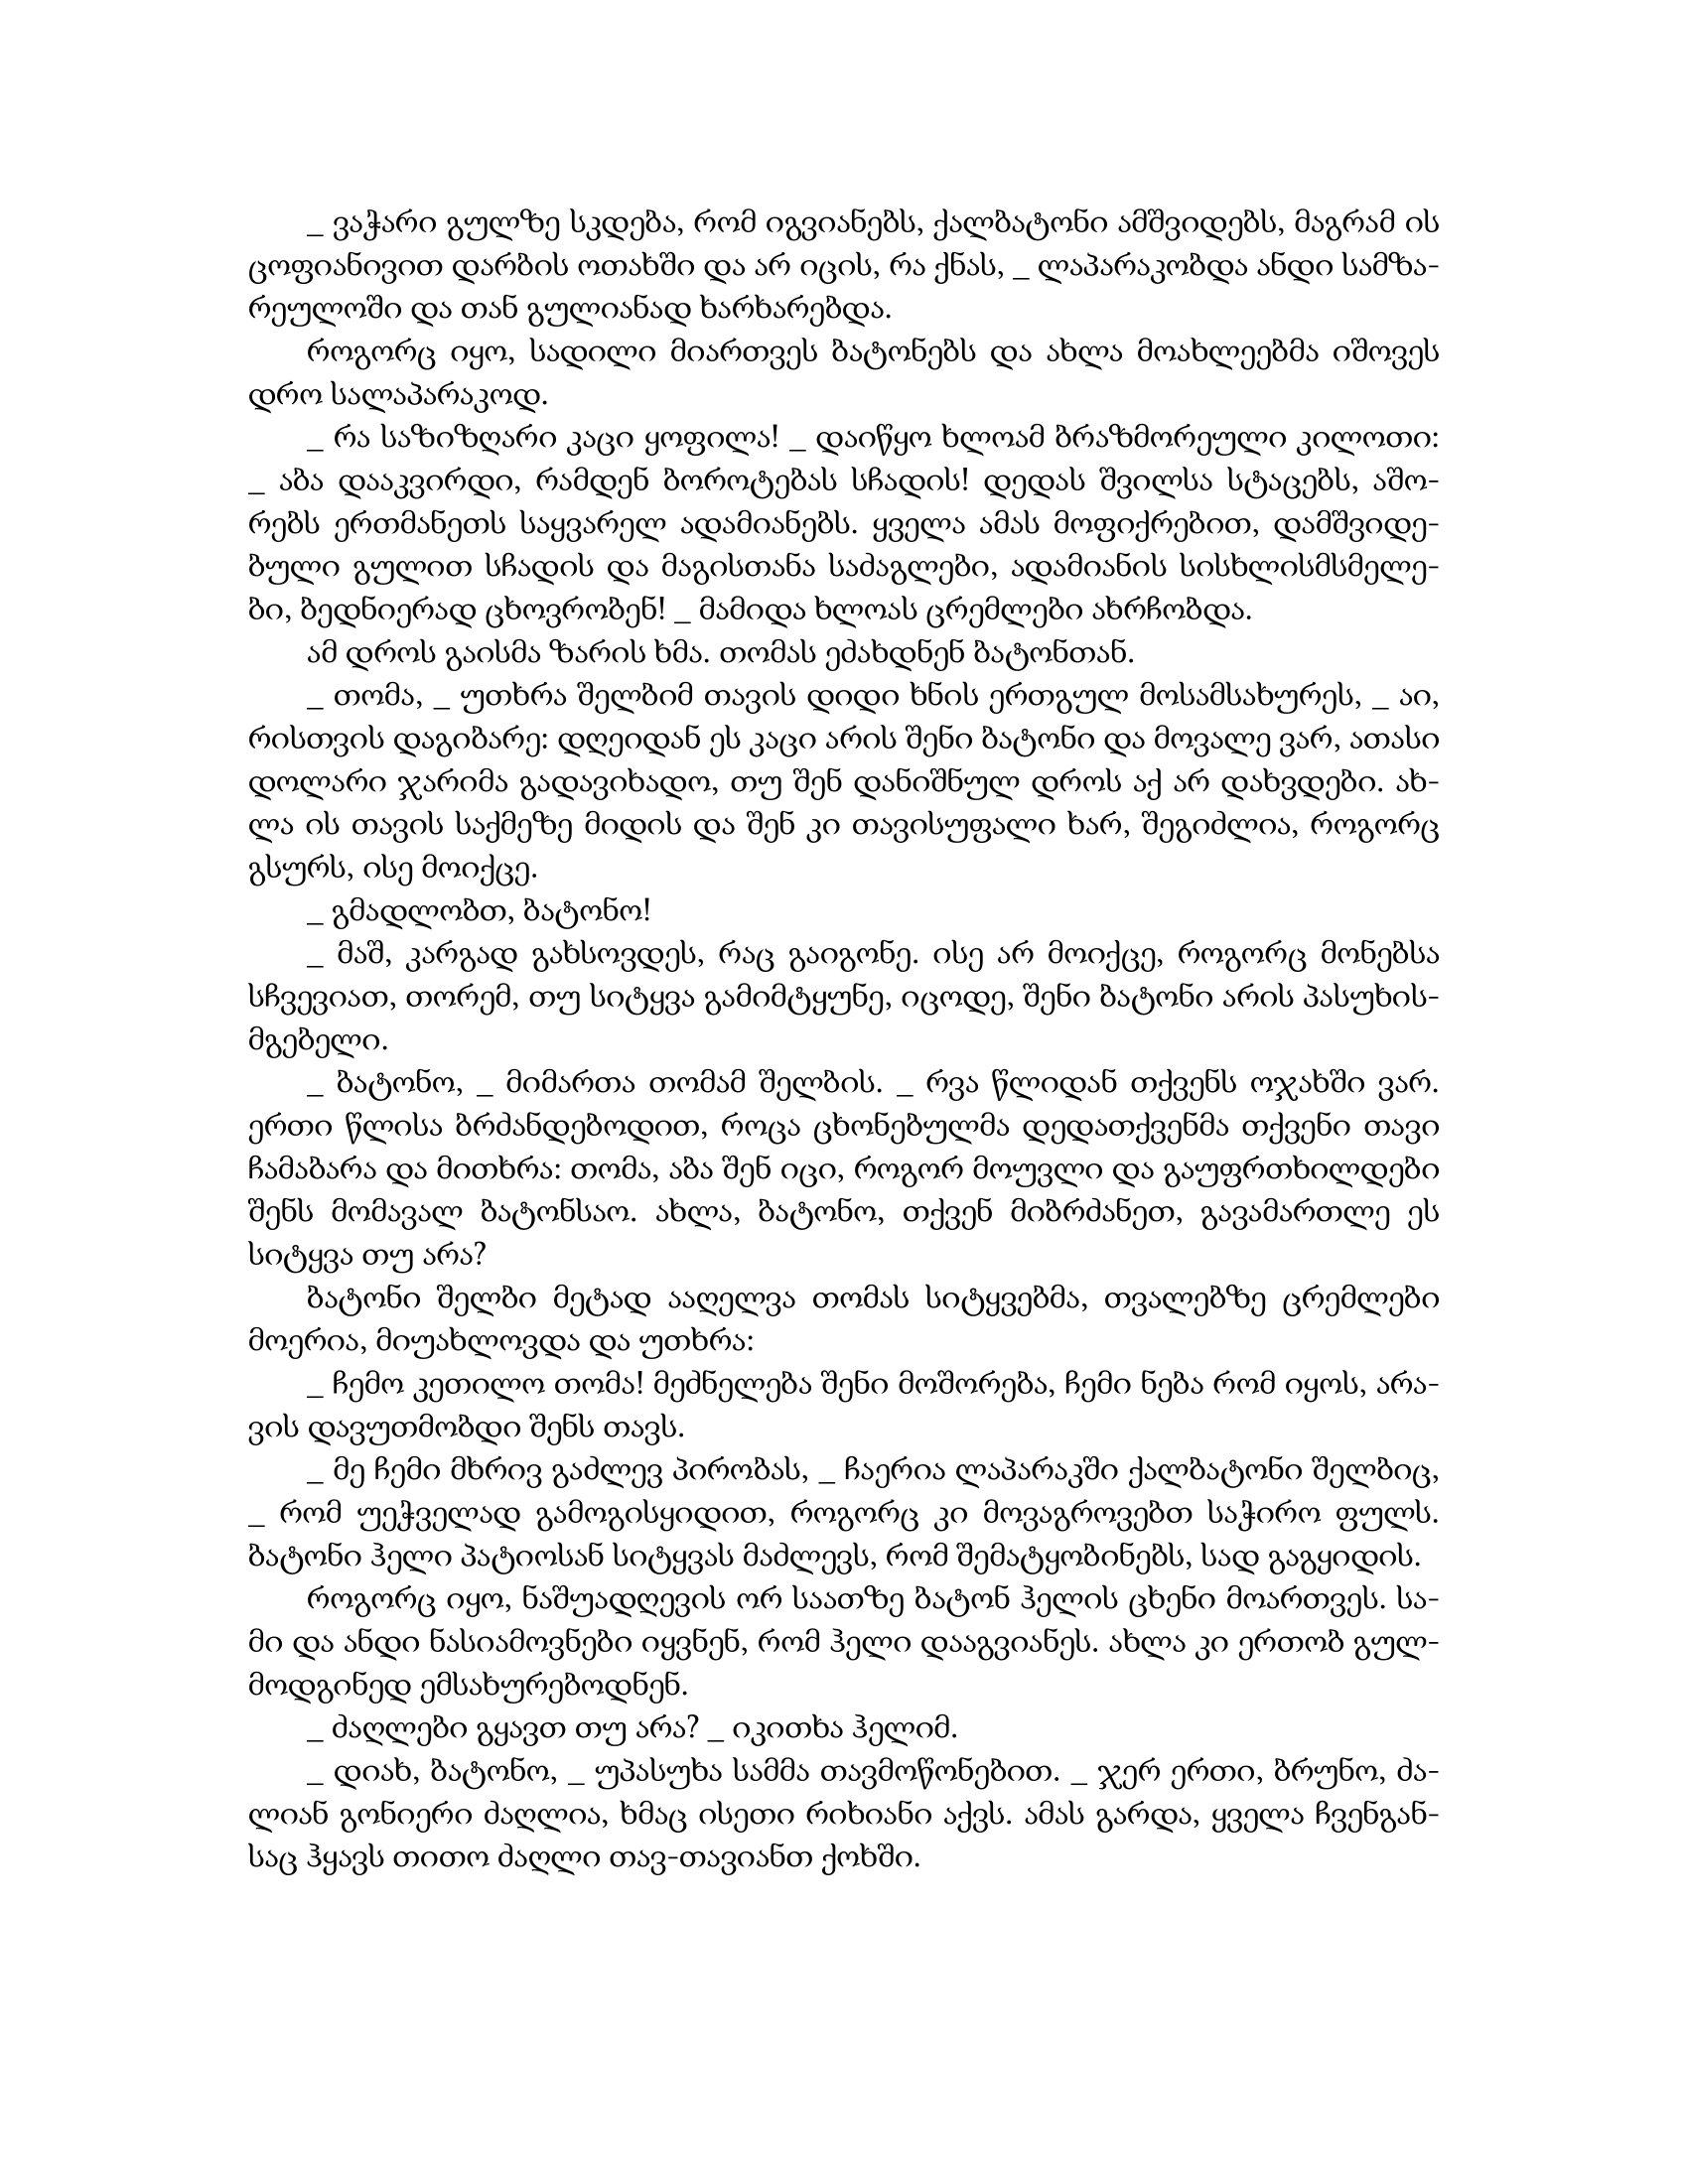
Language: gr